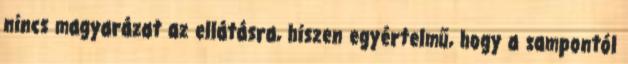
nincs magyarázat az ellátásra, hiszen egyértelmű, hogy a sampontól